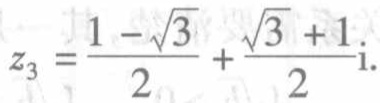
\(z_{3}=\frac{1 - \sqrt{3}}{2}+\frac{\sqrt{3} + 1}{2}\mathrm{i}\)